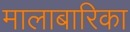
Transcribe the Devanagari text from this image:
मालाबारिका